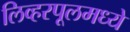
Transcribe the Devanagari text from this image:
लिव्हरपूलमध्ये